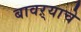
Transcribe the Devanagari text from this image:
बावऱ्याचे